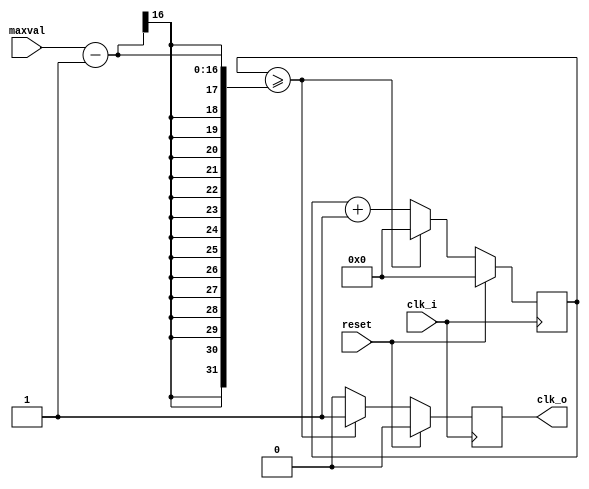
module clkgen #(parameter N = 16) (
    input wire clk_i,    	// clock
    input wire reset,    	// reset
    input wire [N-1:0] maxval,	// maxval
    output wire clk_o // 1 if overflow, else 0
);	
	// assign output
	assign clk_o = clk_strobe;
	
	// declare local registers
    reg [N-1:0] ctr_r;
    reg clk_strobe;

    // here is the action
    always @(posedge clk_i) begin 
        if (reset) begin
            ctr_r <= 'd0;
            clk_strobe <= 'b0;
        end else if (ctr_r >= maxval - 'd1) begin
			ctr_r <= 'd0;
			clk_strobe <= 'b1;
        end else begin
			ctr_r <= ctr_r + 'd1;
			clk_strobe <= 'b0;
        end
    end
endmodule